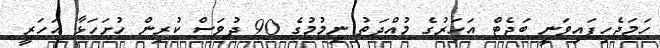
ހަމަޖެހިފައިވަނީ ބަޖެޓް އަހަރުގެ މުއްދަތު ނިމުމުގެ 90 ދުވަސް ކުރިން ހުށަހަޅާ އަހަރީ